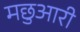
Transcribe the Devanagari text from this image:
मछुआरी